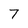
Character: 7